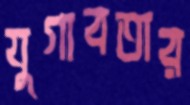
যুগাবতার